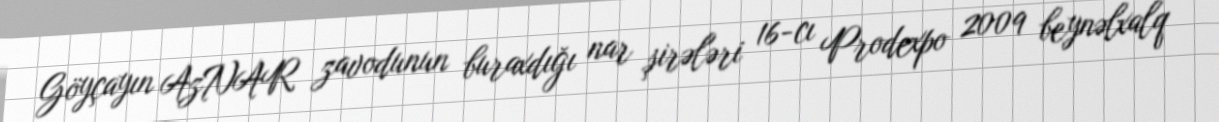
Göyçayın AzNAR zavodunun buraxdığı nar şirələri 16-cı Prodexpo 2009 beynəlxalq